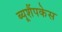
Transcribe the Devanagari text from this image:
ब्यूशैंपकेस